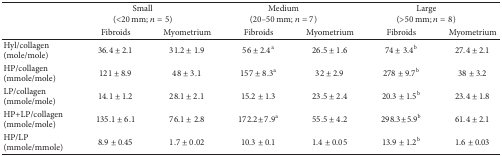
<table><thead><tr><td><b> </b></td><td colspan="2"><b>Small(&lt;20 mm; <i>n</i> = 5)</b></td><td colspan="2"><b>Medium(20–50 mm; <i>n</i> = 7)</b></td><td colspan="2"><b>Large(&gt;50 mm; <i>n</i> = 8)</b></td></tr><tr><td><b> </b></td><td><b>Fibroids</b></td><td><b>Myometrium</b></td><td><b>Fibroids</b></td><td><b>Myometrium</b></td><td><b>Fibroids</b></td><td><b>Myometrium</b></td></tr></thead><tbody><tr><td>Hyl/collagen (mole/mole)</td><td>36.4 ± 2.1</td><td>31.2 ± 1.9</td><td>56 ± 2.4<sup>a</sup></td><td>26.5 ± 1.6</td><td>74 ± 3.4<sup>b</sup></td><td>27.4 ± 2.1</td></tr><tr><td>HP/collagen(mmole/mole)</td><td>121 ± 8.9</td><td>48 ± 3.1</td><td>157 ± 8.3<sup>a</sup></td><td>32 ± 2.9</td><td>278 ± 9.7<sup>b</sup></td><td>38 ± 3.2</td></tr><tr><td>LP/collagen(mmole/mole)</td><td>14.1 ± 1.2</td><td>28.1 ± 2.1</td><td>15.2 ± 1.3</td><td>23.5 ± 2.4</td><td>20.3 ± 1.5<sup>b</sup></td><td>23.4 ± 1.8</td></tr><tr><td>HP+LP/collagen(mmole/mole)</td><td>135.1 ± 6.1</td><td>76.1 ± 2.8</td><td>172.2 ± 7.9<sup>a</sup></td><td>55.5 ± 4.2</td><td>298.3 ± 5.9<sup>b</sup></td><td>61.4 ± 2.1</td></tr><tr><td>HP/LP(mmole/mmole)</td><td>8.9 ± 0.45</td><td>1.7 ± 0.02</td><td>10.3 ± 0.1</td><td>1.4 ± 0.05</td><td>13.9 ± 1.2<sup>b</sup></td><td>1.6 ± 0.03</td></tr></tbody></table>